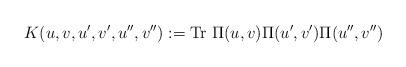
LaTeX: \begin{align*}K(u,v,u',v',u'',v''):= {\rm Tr}~\Pi(u,v)\Pi(u',v')\Pi(u'',v'')\end{align*}